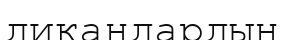
диқандардың